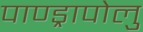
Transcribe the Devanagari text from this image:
पाण्ड्रापोलु